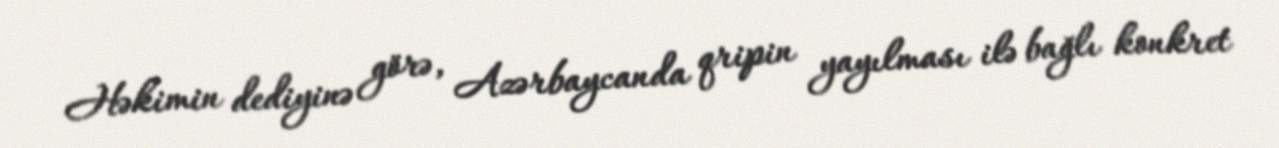
Həkimin dediyinə görə, Azərbaycanda qripin yayılması ilə bağlı konkret